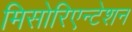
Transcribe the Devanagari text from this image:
मिसोरिएन्टेशन